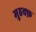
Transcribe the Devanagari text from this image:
मुहक्क़